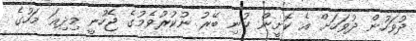
ދުވަހުން ދުވަހަށް އެ ކޮށީން ކުނި ބޭރު ނުކުރުވެމުގެ ޖެހުނީ މިދިއަ މަހުގެ